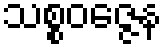
သစ္စဝဇ္ဇေန